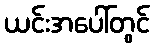
ယင်းအပေါ်တွင်